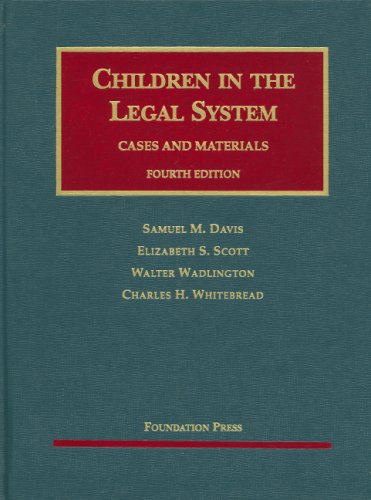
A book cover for Children in the Legal System (University Casebooks) (University Casebook Series); Samuel Davis; Law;